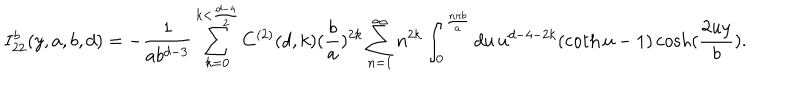
I _ { 2 2 } ^ { b } ( y , a , b , d ) = - \frac { 1 } { a b ^ { d - 3 } } \sum _ { k = 0 } ^ { k < \frac { d - 4 } { 2 } } C ^ { ( 2 ) } ( d , k ) ( \frac { b } { a } ) ^ { 2 k } \sum _ { n = 1 } ^ { \infty } n ^ { 2 k } \int _ { 0 } ^ { \frac { n \pi b } { a } } d u \, u ^ { d - 4 - 2 k } ( \coth u - 1 ) \cosh ( \frac { 2 u y } { b } ) .